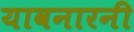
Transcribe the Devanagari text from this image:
यावनारनी